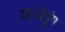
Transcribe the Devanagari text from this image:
पाओतुंग